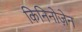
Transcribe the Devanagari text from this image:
किनिनोज़ेन